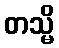
တသ္မိ